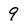
Character: 9